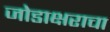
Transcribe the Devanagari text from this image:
जोडाक्षराचा